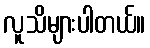
လူသိများပါတယ်။